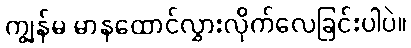
ကျွန်မ မာနထောင်လွှားလိုက်လေခြင်းပါပဲ။